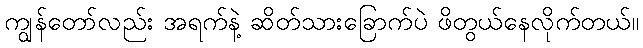
ကျွန်တော်လည်း အရက်နဲ့ ဆိတ်သားခြောက်ပဲ ဖိတွယ်နေလိုက်တယ်။